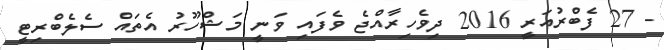
- 27 ފެބްރުއަރީ 2016 ދިވެހިރާއްޖެ ވެފައި ވަނީ މަޝްހޫރު އެތައް ސެލެބްރިޓީ